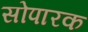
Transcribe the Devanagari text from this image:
सोपारक